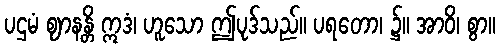
ပဌမံ ဈာနန္တိ ဣဒံ၊ ဟူသော ဤပုဒ်သည်။ ပရတော၊ ၌။ အာဝိ၊ စွာ။